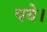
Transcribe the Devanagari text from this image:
पये।